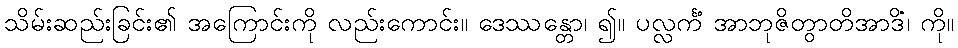
သိမ်းဆည်းခြင်း၏ အကြောင်းကို လည်းကောင်း။ ဒေဿန္တော၊ ၍။ ပလ္လင်္ကံ အာဘုဇိတွာတိအာဒိံ၊ ကို။